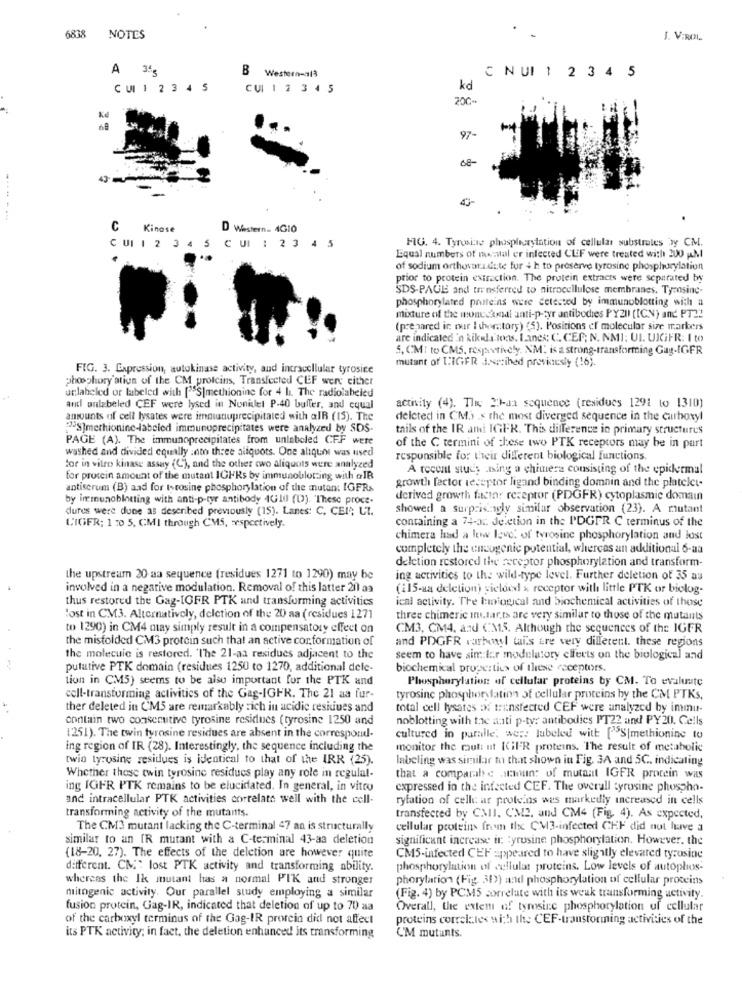
6838
NOTES
J. V:ROL
A 3ªg
B
C NUI 1 2 3 4 5
Western-al3
CUI 1 2 3 4 5
CUI 1 2 3 4 5
kd
Ke
97-
68
43
-------
C
Kinase
D Western_ 4G10
FIG. 4. Tyrwine phosphorstation of cellular substrates by CM.
CUI 1 2 3 4 5 CUI 1 2 3 4 5
Equal numbers of mental er infected CEF were treated with 200 AM
of sodium orthovarudate for + h to preserve tyrosine phosphorylation
prior to protein extraction. The protein extracts were separated by
SDS-PAGE and transferred to nitrocellulose membranes. Tyensinc.
phosphorylated proteins were detected by immunoblotting with a
mixture of the mondodl anti-p-syr antibodies PYZII (ICN) and PT22
(prepared ir our I shorstory) (5). Positions of molecular size markers
are indicated'n kikli tons. Ianes; C. CEP; N. NM]: UL. UIGiFR: I to
5. CM: to CM5, respectively. XM: is a strong-transforming Gay-IGFR
mutant of TIGER Jezibed previously (16).
FIG. 3. Expression, autokinase activity, and intracellular tyrosine
phosphory'ation of the CM profcins, Transfected CEF were either
unlabeled or labeled with ["S|methionine for 4 h. The radiolabeled
activity (4). The 2)-aa sequence (residues 1291 to 1310)
and unlabeled CEF were lysed in Nonidet P-40 buller, and cqual
amounts of cell lysates were immunuprecipitated with aIR (15). The
deleted in CM .s the most diverged sequence in the carboxyl
[S]methionine-labeled immunoprecipitates were analyzed by SDS.
tails of the IR ami IGI-R. This difference in primary structures
PAGE (A). The immunoprecipitates from unlabeled CFF were
washed and divided equally into three aliquots. One aliquot was used
of the C termini of these two PTK receptors may be in part
responsible for their different biological functions.
tor in vitro kinase assay (C'), and the other owo aliquots were analyzed
A recent study .ising a chimera consisting of the epidermal
for protein amount of the mutant IGHRs by immunoblotzing with @IB
growth factor receptor ligand binding domain and the platelet-
antiserum (B) aad for tyrosine phosphorylation of the mutant IGFRs
by immunoblotting with anti-p-tyr antibody 4G10 (0). These proce-
derived growth factor receptor (PDGFR) cytoplasmic domain
dures were dune as described previously (15). Lanes: C, CEI; LT.
showed a surprisingly similar observation (23). A mutant
containing a 74-ax. deletion in the I'DGER C terminus of the
CIGER; 1 70 5, CMI through CMS, respectively.
chimera had a low leve. of tyrosine phosphorylation and lost
completely the uncugenic potential, whereas an additional 6-aa
deletion restored the receptor phosphorylation and transform-
the upstream 20 aa sequence (residues 1271 to 1290) may be
ing activities to the wild-type level. Further deletion of 35 as
involved in a negative modulation. Removal of this latter 20 aa
(115-a deletion) yielded x receptor with little PTK or biolog-
thus restored the Gag-IGFR PTK and transforming activities
ical activity. The bmiogical and biochemical activities of those
lost in CM3. Alternatively, deletion of the 20 aa (residues 1271
three chimeric int.tar.ts are very similar to those of the mutants
to 1290) in CM4 may simply result in a compensatory effect on
CM3, CM4, and CM5. Although the sequences of the IGFR
the misfolded CM3 protein such that an active cor,formation of
and PDGFR rarhenyl tais are very different. these regions
the molecule is restored. "The 21-aa residues adjacent to the
seem to have sim ler modulatory clfeets on the biological and
putative PTK domain (residues 1250 to 1270, additional dele-
biochemical properties of these receptors.
tion in CM5) seems to be also important for the PTK and
Phosphorylation of cellular proteins by CM. To evaluate
coll-transtorming activities of the Gag-IGFR. The 21 aa fur-
tyrosine phosphorylatina of cellular proteins by the CM PTKs,
ther deleted in CM5 are remarkably zich in acidic residues and
total cell lysates of transfected CEF were analyzed by immu-
contain two consecutive tyrosine residues (tyrosine 1250 and
noblotting with the anti p-ty: antibodies PT22 and PY20. Cells
1251). The twin tyrosine residues are absent in the correspond-
cultured in paralle, wer: Jubeled with [S|methionine to
ing region of IR (28). Interestingly, the sequence including the
monitor the out: nt IGER proteins. The result of metabolic
twin tyrosine residues is identical to that of the IRR (25).
labeling was similar to that shown in Fig, 3A and 5C, indicating
Whether those twin tyrosine residues play any role in regulal-
that a comparabe staun: of mutant IGER protein was
ing IGFR PTK remains to be elucidated. In general, in vitro
expressed in the infected CEF. The overall tyrosine phospho-
and intracellular PTK activities correlate well with the cell.
rylation of celle ar proteins wes markedly increased in cells
transforming activity of the mutants.
transfected by CMI. C'M2, and CM4 (Fig. 4). As expected,
The CM3 mutant lacking the C-terminal 47 an is structurally
cellular proteins from the CM3-infected CEF did not have a
similar to an [R mutant with a C-terminal 43-aa deletion
significant increase it: : yrusine phosphorylation. However. the
(18-20, 27). The effects of the deletion are however quite
CM5-infected CEF appeared to have slightly elevated tyrosine
different. CM: lost PTK activity and transforming ability.
phosphorylation of cellular proteins. Low levels of autophos-
whereas the Ik mutant has a normal PIK and stronger
phorylation (Fig. 31)) and phosphorylation of cellular proceins
mitogenic activity. Our parallel study employing a similar
(Fig. 4) by PCM5 correlate with its weak transforming activity.
fusion protein, Gag-IR, indicated that deletion of up to 70 aa
Overall, the extent of tyrosine phosphorylation of cellular
of the carboxyl terminus of the Gag-IR prorein did not affect
proteins correlalex with the CEF-transforming activities of the
its PTK activity; in fact, the deletion enhanced its transforming
CM mutants.